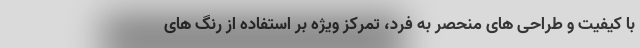
با کیفیت و طراحی های منحصر به فرد، تمرکز ویژه بر استفاده از رنگ های